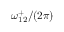
{ \omega } _ { 1 2 } ^ { + } / ( 2 \pi )